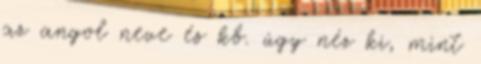
az angol neve és kb. úgy néz ki, mint